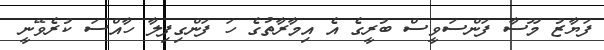
ފަޔާޒު މޫސާ ފަންސަވީސް ބުރީގެ އެ އިމާރާތުގެ ހަ ފަންގިފިލާ ހާއްސަ ކުރެވޭނީ